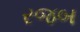
રજબ